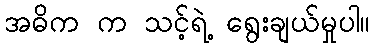
အဓိက က သင့်ရဲ့ ရွေးချယ်မှုပါ။